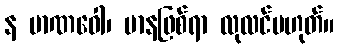
န မာဏဝေါ၊ မာနဖြစ်ရာ လုလင်မဟုတ်။